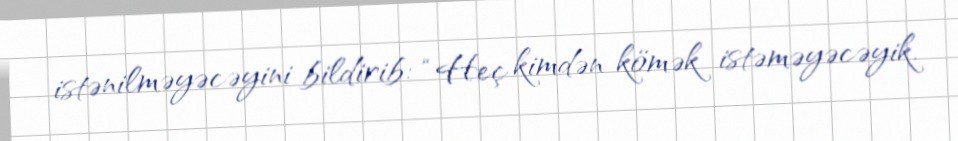
istənilməyəcəyini bildirib: “Heç kimdən kömək istəməyəcəyik.